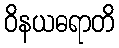
ဝိနယဓရာတိ